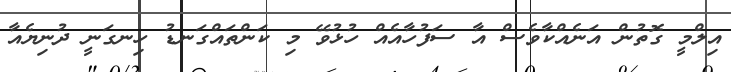
އިލްމީ ގޮތުން އަނެއްކާވެސް އާ ސަފުހާއެއް ހުޅުވޭ މި ކަންތައްގަނޑު ހިނގަނީ ދުނިޔެއާ